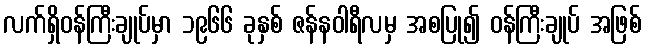
လက်ရှိဝန်ကြီးချုပ်မှာ ၁၉၆၆ ခုနှစ် ဇန်နဝါရီလမှ အစပြု၍ ဝန်ကြီးချုပ် အဖြစ်